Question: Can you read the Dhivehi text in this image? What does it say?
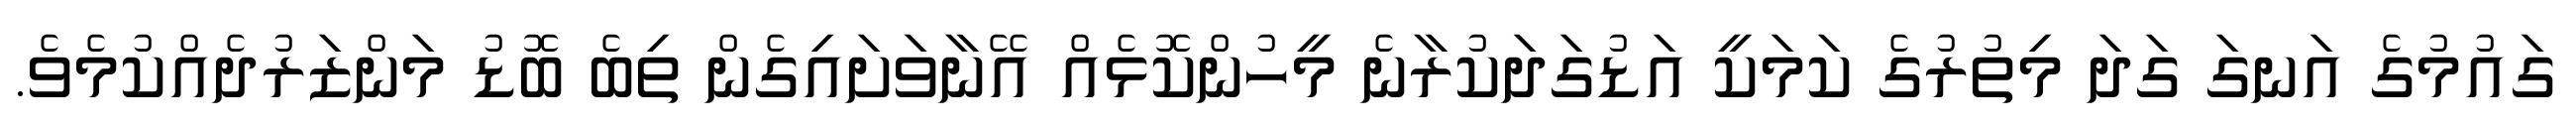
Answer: ގައުމުގެ އަނގަ ގަދަ މިތުރުގެ ކަމަކީ އަޑުގަދަކުރާނެ މީހުންކޮޅެއް އޭނާވަށައިގެން ތިބެ ބޮޑު މަންޒަރުދެއްކުމެވެ.